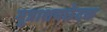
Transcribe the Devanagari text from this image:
मूत्राशयछेदक